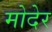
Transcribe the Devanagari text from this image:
मोदेर